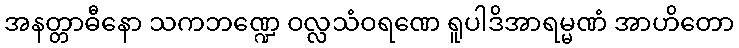
အနတ္တာဓီနော သကဘဏ္ဍေ ဝလ္လသံဝရဏေ ရူပါဒိအာရမ္မဏံ အာဟိတော